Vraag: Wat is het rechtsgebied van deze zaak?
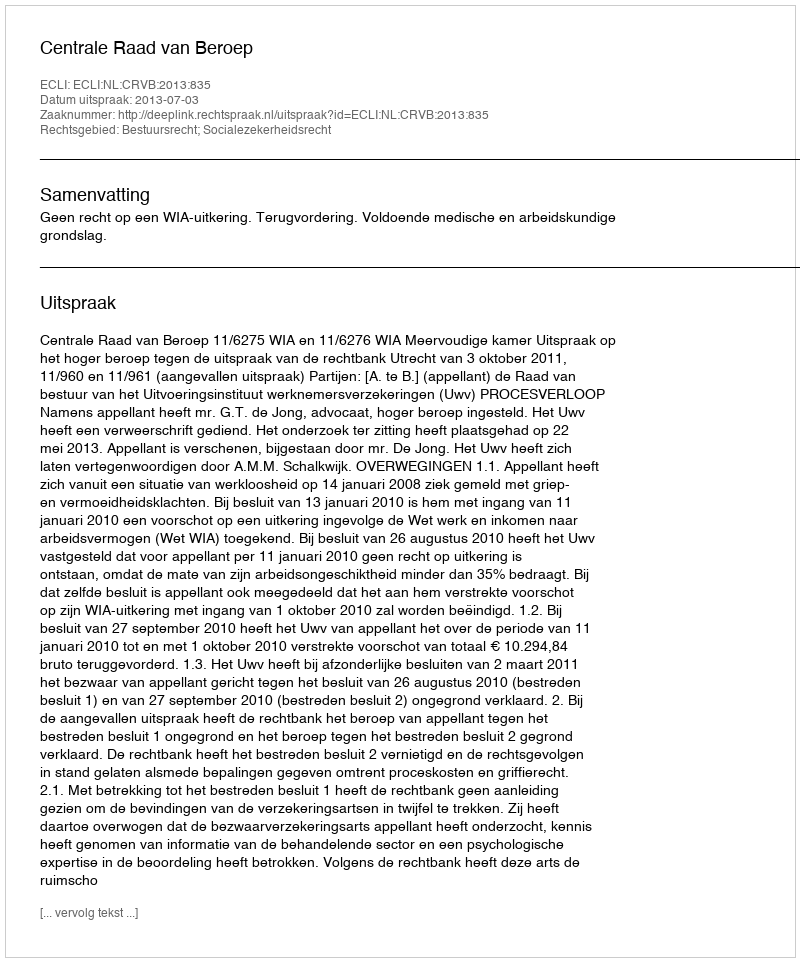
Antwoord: Bestuursrecht; Socialezekerheidsrecht